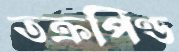
তক্রপিণ্ড